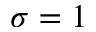
\sigma = 1